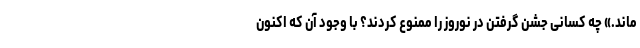
ماند.» چه کسانی جشن گرفتن در نوروز را ممنوع کردند؟ با وجود آن که اکنون